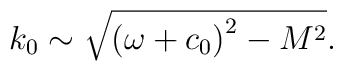
k_0\sim \sqrt{\left( \omega +c_0\right) ^2-M^2}.